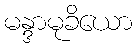
မန္ဒာမုခိယော